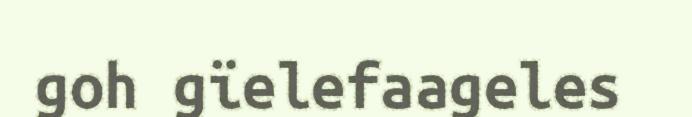
goh gïelefaageles